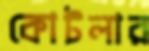
কোটলার